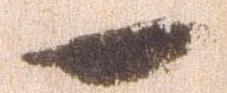
一